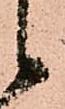
候